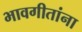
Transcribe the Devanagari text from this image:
भावगीतांना